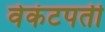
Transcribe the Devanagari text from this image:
वेकंटपती